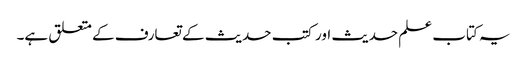
یہ کتاب علم حدیث اور کتب حدیث کے تعارف کے متعلق ہے۔